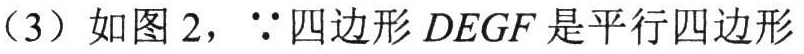
（3）如图 2，\(\because\)四边形 \(DEGF\) 是平行四边形